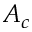
A _ { c }